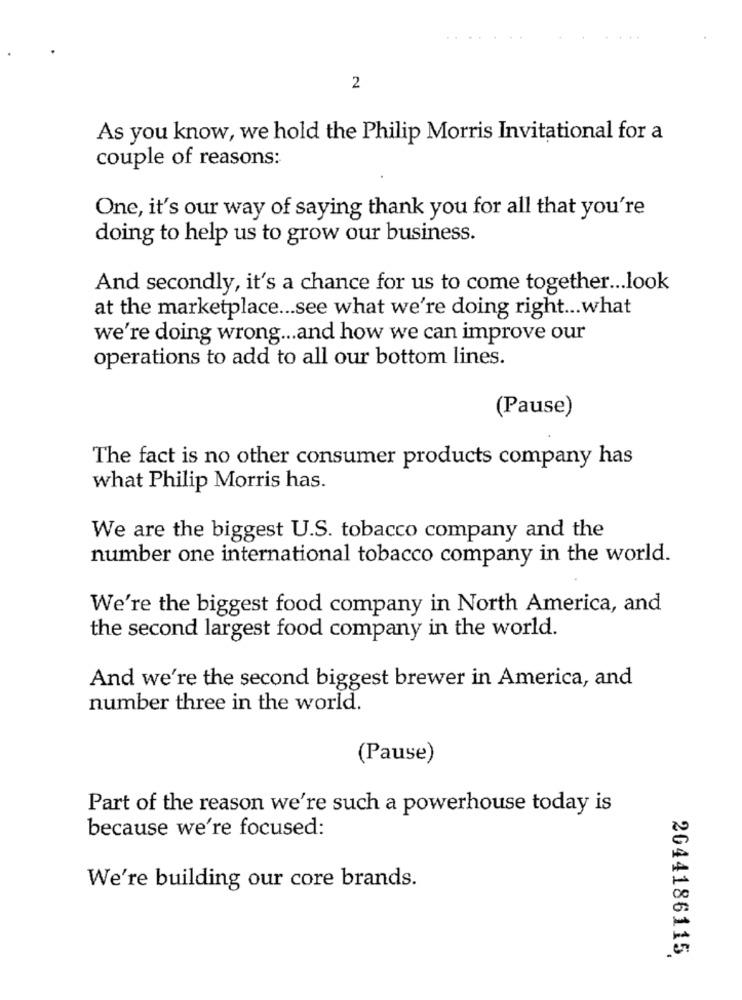
2
As you know, we hold the Philip Morris Invitational for a
couple of reasons:
One, it's our way of saying thank you for all that you're
doing to help us to grow our business.
And secondly, it's a chance for us to come together ... look
at the marketplace ... see what we're doing right ... what
we're doing wrong ... and how we can improve our
operations to add to all our bottom lines.
(Pause)
The fact is no other consumer products company has
what Philip Morris has.
We are the biggest U.S. tobacco company and the
number one international tobacco company in the world.
We're the biggest food company in North America, and
the second largest food company in the world.
And we're the second biggest brewer in America, and
number three in the world.
(Pause)
Part of the reason we're such a powerhouse today is
because we're focused:
We're building our core brands.
2044186115